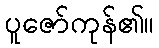
ပူဇော်ကုန်၏။